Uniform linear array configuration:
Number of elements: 24
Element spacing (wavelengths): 0.25
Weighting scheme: uniform
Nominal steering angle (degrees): -15
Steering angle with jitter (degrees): -14.984
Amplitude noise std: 0.05
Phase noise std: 0.05

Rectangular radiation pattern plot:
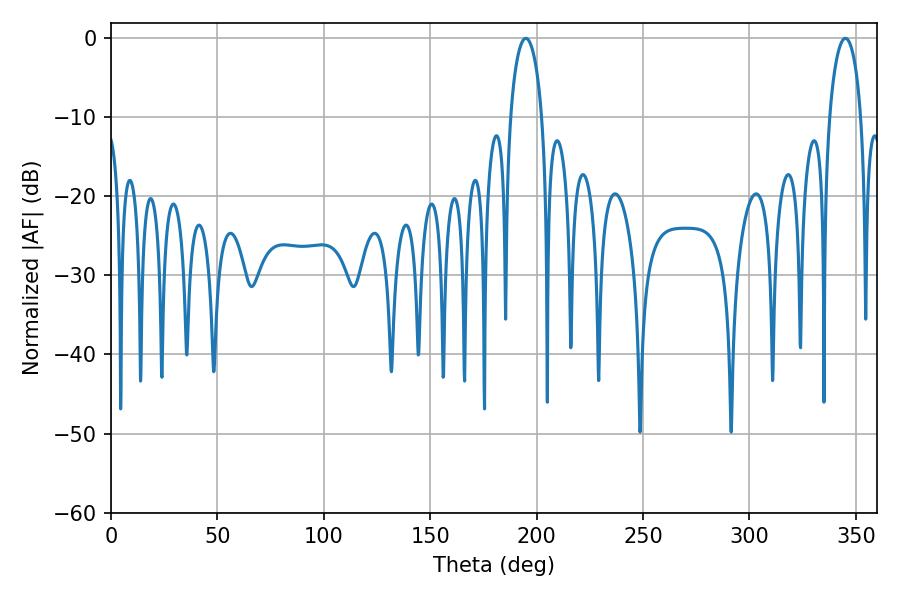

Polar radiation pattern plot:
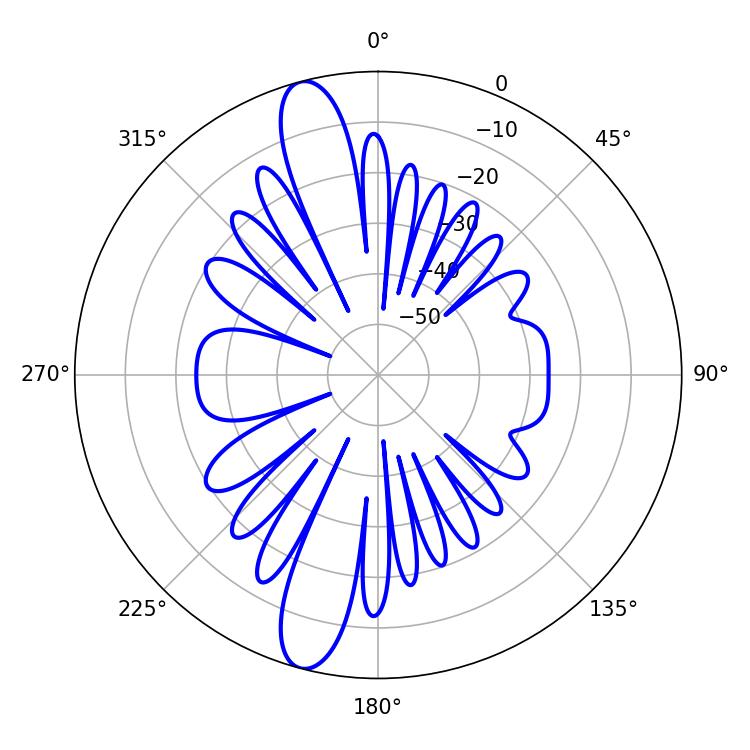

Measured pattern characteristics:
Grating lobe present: FALSE
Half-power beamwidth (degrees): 8.46
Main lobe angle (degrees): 194.94